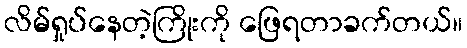
လိမ်ရှုပ်နေတဲ့ကြိုးကို ဖြေရတာခက်တယ်။